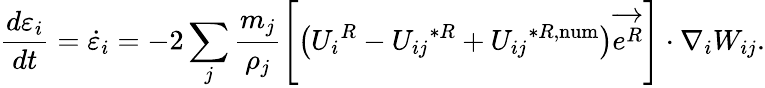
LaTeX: \frac{d\varepsilon_{i}}{dt}=\dot{\varepsilon}_{i}=-2\sum_{j}\frac{m_{j}}{\rho_{j}}\left[\left({U_{i}}^{R}-{U_{ij}}^{*R}+{U_{ij}}^{*R,\mathrm{num}}\right)\overrightarrow{e^{R}}\right]\cdot\nabla_{i}W_{ij}.